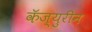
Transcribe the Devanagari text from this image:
कॅज्युरीन